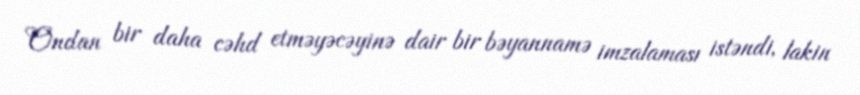
Ondan bir daha cəhd etməyəcəyinə dair bir bəyannamə imzalaması istəndi, lakin